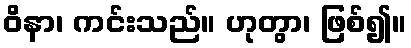
ဝိနာ၊ ကင်းသည်။ ဟုတွာ၊ ဖြစ်၍။